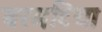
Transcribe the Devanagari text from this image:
बरमटिया